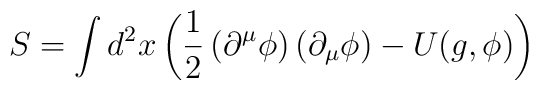
S=\int d^2x \left(\frac{1}{2}\left(\partial^{\mu}\phi\right)\left(\partial_{\mu}\phi\right)-U(g,\phi)\right)